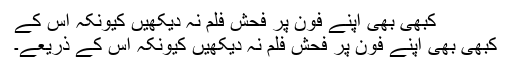
کبھی بھی اپنے فون پر فحش فلم نہ دیکھیں کیونکہ اس کے
کبھی بھی اپنے فون پر فحش فلم نہ دیکھیں کیونکہ اس کے ذریعے۔